Civil Veterinary Department. Madras. Admin. report 1926-33 - 1926-1933
Year: 1926
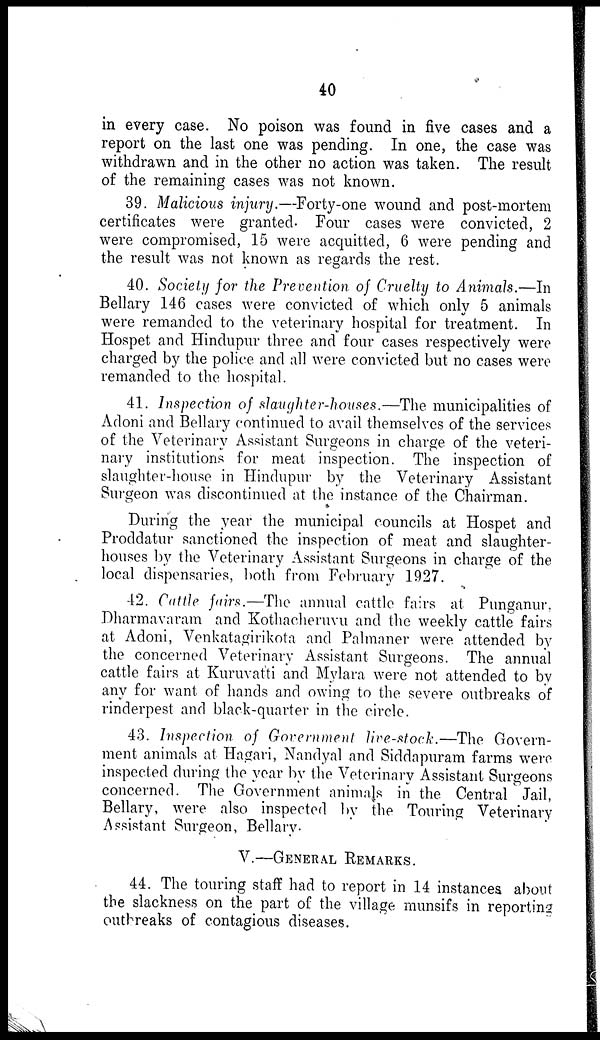
40
in every case. No poison was found in five cases and a
report on the last one was pending. In one, the case was
withdrawn and in the other no action was taken. The result
of the remaining cases was not known.
39. Malicious injury.—Forty-one wound and post-mortem
certificates were granted. Four cases were convicted, 2
were compromised, 15 were acquitted, 6 were pending and
the result was not known as regards the rest.
40. Society for the Prevention of Cruelty to Animals.—In
Bellary 146 cases were convicted of which only 5 animals
were remanded to the veterinary hospital for treatment. In
Hospet and Hindupur three and four cases respectively were
charged by the police and all were convicted but no cases were
remanded to the hospital.
41. Inspection of slaughter-houses.—The municipalities of
Adoni and Bellary continued to avail themselves of the services
of the Veterinary Assistant Surgeons in charge of the veteri-
nary institutions for meat inspection. The inspection of
slaughter-house in Hindupur by the Veterinary Assistant
Surgeon was discontinued at the instance of the Chairman.
During the year the municipal councils at Hospet and
Proddatur sanctioned the inspection of meat and slaughter-
houses by the Veterinary Assistant Surgeons in charge of the
local dispensaries, both from February 1927.
42. Cattle fairs.—The annual cattle fairs at Punganur,
Dharmavaram and Kothacheruvu and the weekly cattle fairs
at Adoni, Venkatagirikota and Palmaner were attended by
the concerned Veterinary Assistant Surgeons. The annual
cattle fairs at Kuruvatti and Mylara were not attended to by
any for want of hands and owing to the severe outbreaks of
rinderpest and black-quarter in the circle.
43. Inspection of Government live-stock.—The Govern-
ment animals at Hagari, Nandyal and Siddapuram farms were
inspected during the year by the Veterinary Assistant Surgeons
concerned. The Government animals in the Central Jail,
Bellary, were also inspected by the Touring Veterinary
Assistant Surgeon, Bellary.
V.—GENERAL REMARKS.
44. The touring staff had to report in 14 instances about
the slackness on the part of the village munsifs in reporting
outbreaks of contagious diseases.